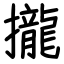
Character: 攏